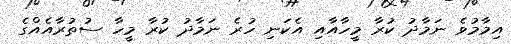
އިމާމުވެ ނަމާދު ކުރާ މީހާއާއި އެކަނި ހުރެ ނަމާދު ކުރާ މީހާ ސުތުރާއެއްގެ